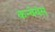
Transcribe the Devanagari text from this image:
कन्वेयंस